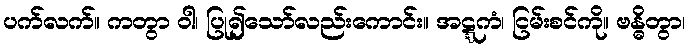
ပက်လက်။ ကတွာ ဝါ၊ ပြု၍သော်လည်းကောင်း။ အဋ္ဋကံ၊ ငြမ်းစင်ကို။ ဗန္ဓိတွာ၊